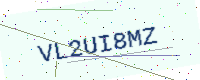
Text: VL2UI8MZ